Report on the bubonic plague in Bombay, 1896-1897
Year: 1896
Disease focus: Plague
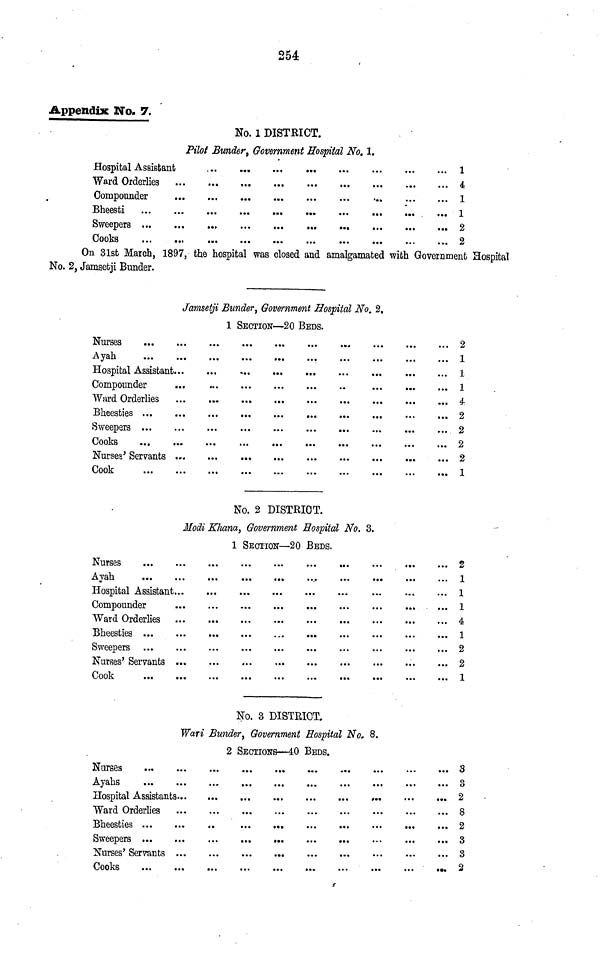
254
Appendix No. 7.
No. 1 DISTRICT.
Pilot Bunder, Government Hospital No. 1.
Hospital Assistant•••
Ward Orderlies
Compounder
Bheesti
Sweepers
Cooks
•••
•••
•••
•••
•••
•••
•••
•••
•••
•••
•••
•••
•••
•••
•••
•••
•••
•••
•••
•••
•••
•••
•••
•••
•••
•••
•••
•••
•••
•••
•••
•••
•••
•••
•••
•••
•••
•••
•••
•••
•••
•••
•••
•••
•••
•••
•••
•••
•••
•••
•••
•••
•••
•••
•••
•••
1
4
1
1
2
2
On 31st March, 1897, the hospital was closed and amalgamated with Government Hospital
No. 2, Jamsetji Bunder.
Jamsetji Bunder, Government Hospital No. 2.
1 SECTION—20 BEDS.
Nurses
Ayah
•••
•••
•••
•••
Compounder
Ward Orderlies
Bheesties
Sweepers
Cooks
•••
•••
•••
Nurses' Servants
Cook`• ••
•••
•••
•••
•••
•••
•••
•••
•••
•••
•••
•••
•••
•••
•••
•••
•••
•••
•••
•••
•••
•••
•••
•••
•••
•••
•••
•••
•••
•••
•••
•••
•••
•••
•••
•••
•••
•••
•••
•••
•••
•••
•••
•••
•••
•••
•••
•••
•••
•••
•••
•••
•••
•••
•••
•••
•••
•••
•••
•••
•••
•••
•••
•••
•••
•••
•••
•••
•••
•••
•••
•••
•••
•••
•••
•••
•••
•••
•••
•••
•••
•••
•••
•••
•••
•••
•••
•••
2
1
1
1
4
2
2
2
2
1
No. 2 DISTRICT.
ModiKhana, Government Hospital No. 3.
l SECTION—20 BEDS.
Nurses
Ayah
•••
•••
•••
•••
Compounder
Ward Orderlies
Bheesties
Sweepers
•••
•••
Nurses 1 Servants
Cook
•••
•••
•••
•••
•••
•••
•••
•••
•••
•••
•••
•••
•••
•••
•••
•••
•••
•••
•••
•••
•••
•••
•••
•••
•••
•••
•••
•••
•••
•••
•••
•••
•••
•••
•••
•••
•••
•••
•••
•••
•••
•••
•••
•••
•••
•••
•••
•••
•••
•••
•••
•••
•••
•••
•••
•••
•••
•••
•••
•••
•••
•••
•••
•••
•••
•••
•••
•••
•••
•••
•••
•••
•••
•••
•••
•••
•••
•••
•••
2
1
1
1
4
1
2
2
1
No. 3 DISTRICT.
Wari Bunder, Government Hospital No. 8.
2 SECTIONS—40 BEDS.
Nurses
Ayahs
•••
•••
•••
•••
Hospital Assistants•••
Ward Orderlies
Bheesties
Sweepers
•••
•••
Nurses' Servants
Cooks
•••
•••
•••
•••
•••
•••
•••
•••
•••
•••
•••
•••
•••
•••
•••
•••
•••
•••
•••
•••
•••
•••
•••
•••
•••
•••
•••
•••
•••
•••
•••
•••
•••
•••
•••
•••
•••
•••
•••
•••
•••
•••
•••
•••
•••
•••
•••
•••
•••
•••
•••
•••
•••
•••
•••
•••
•••
•••
•••
•••
•••
•••
•••
•••
•••
•••
•••
•••
•••
•••
8
8
2
8
2
3
3
2